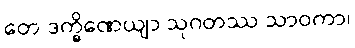
တေ ဒက္ခိဏေယျာ သုဂတဿ သာဝကာ၊